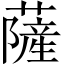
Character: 薩